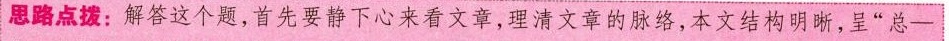
思路点拨：解答这个题，首先要静下心来看文章，理清文章的脉络，本文结构明晰，呈”总—